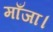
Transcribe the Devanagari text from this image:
माँजा।